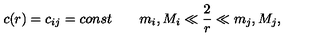
c ( r ) = c _ { i j } = c o n s t \qquad m _ { i } , M _ { i } \ll \frac { 2 } { r } \ll m _ { j } , M _ { j } ,